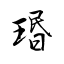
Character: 瑉